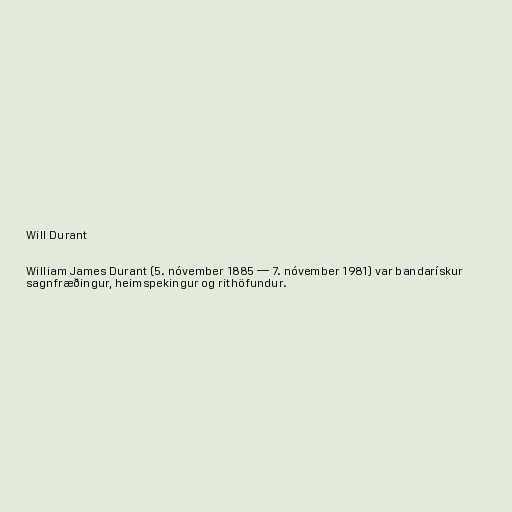
Will Durant

William James Durant (5. nóvember 1885 — 7. nóvember 1981) var bandarískur
sagnfræðingur, heimspekingur og rithöfundur.